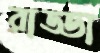
রাড্ডা